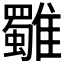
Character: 𩁍